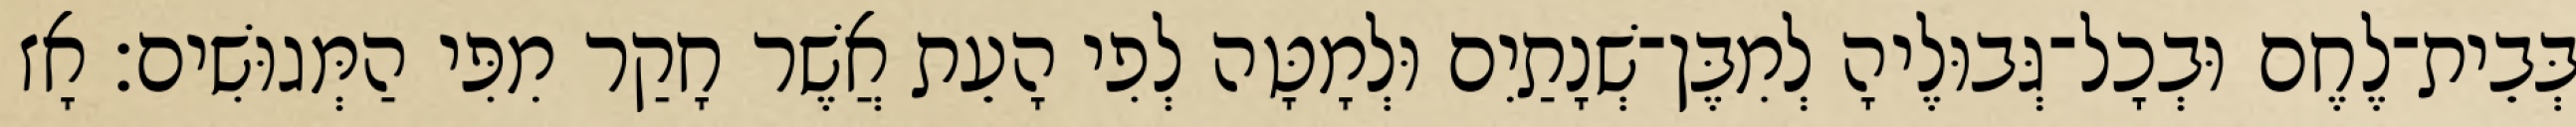
בְּבֵית־לֶחֶם וּבְכָל־גְּבוּלֶיהָ לְמִבֶּן־שְׁנָתַיִם וּלְמָטָּה לְפִי הָעֵת אֲשֶׁר חָקַר מִפִּי הַמְּגוּשִׁים׃ אָז